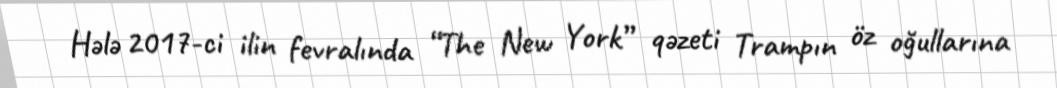
Hələ 2017-ci ilin fevralında “The New York” qəzeti Trampın öz oğullarına